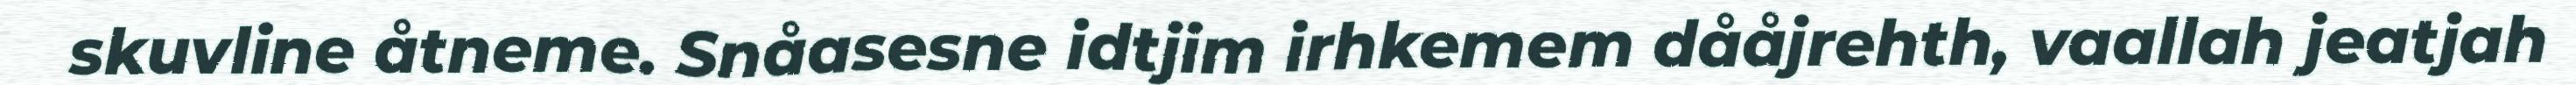
skuvline åtneme. Snåasesne idtjim irhkemem dååjrehth, vaallah jeatjah